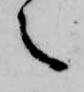
之